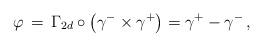
LaTeX: \begin{align*}\varphi \,=\, \Gamma_{2d} \circ \left(\gamma^- \times \gamma^+\right)= \gamma^+ - \gamma^-\,,\end{align*}